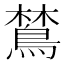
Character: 𬷞